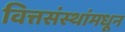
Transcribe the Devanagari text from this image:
वित्तसंस्थांमधून